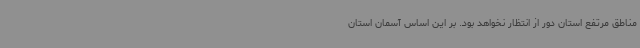
مناطق مرتفع استان دور از انتظار نخواهد بود. بر این اساس آسمان استان